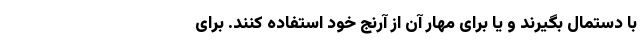
با دستمال بگیرند و یا برای مهار آن از آرنج خود استفاده کنند. برای